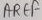
Text: AREF